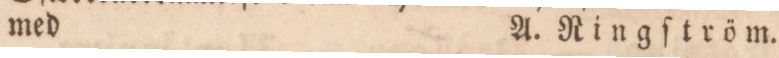
med    A. Ringſtröm.